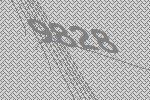
9828